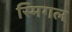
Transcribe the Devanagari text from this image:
स्मिगल